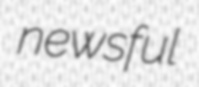
newsful